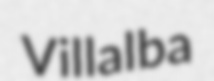
Villalba